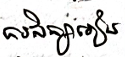
ការសិក្សារៀន